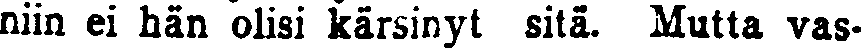
niin ei hän olisi kärsinyt sitä. Mutta vas-